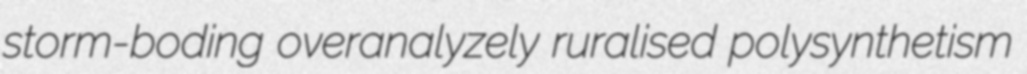
storm-boding overanalyzely ruralised polysynthetism